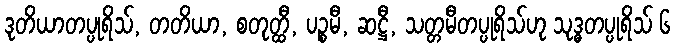
ဒုတိယာတပ္ပုရိသ်, တတိယာ, စတုတ္ထီ, ပဉ္စမီ, ဆဋ္ဌီ, သတ္တမီတပ္ပုရိသ်ဟု သုဒ္ဓတပ္ပုရိသ် ၆